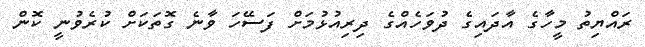
ރައްޔިތު މީހާގެ އާދައިގެ ދުވަހެއްގެ ދިރިއުޅުމަށް ފަސޭހަ ވާނެ ގޮތަކަށް ކުރެވުނީ ކޮން